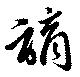
謫